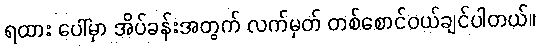
ရထား ပေါ်မှာ အိပ်ခန်းအတွက် လက်မှတ် တစ်စောင်ဝယ်ချင်ပါတယ်။